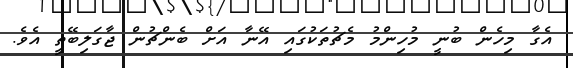
އެގާ މިހެން ބުނީ މުހިންމު މެޗުތަކުގައި އޭނާ އަށް ބެންޗުން ޖާގަލިބޭތީ އެވެ.